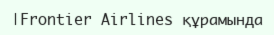
|Frontier Airlines құрамында